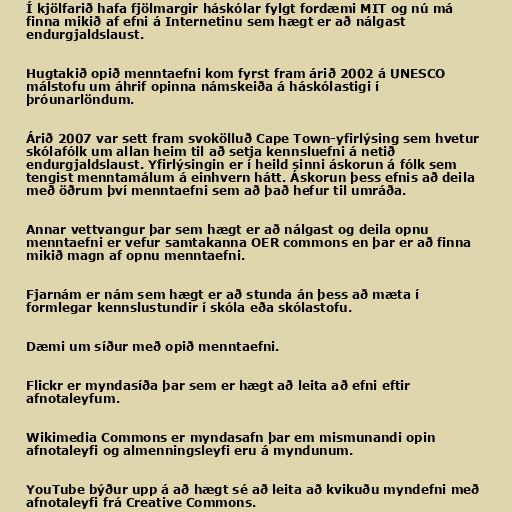
Í kjölfarið hafa fjölmargir háskólar fylgt fordæmi MIT og nú má
finna mikið af efni á Internetinu sem hægt er að nálgast
endurgjaldslaust.

Hugtakið opið menntaefni kom fyrst fram árið 2002 á UNESCO
málstofu um áhrif opinna námskeiða á háskólastigi í
þróunarlöndum.

Árið 2007 var sett fram svokölluð Cape Town-yfirlýsing sem hvetur
skólafólk um allan heim til að setja kennsluefni á netið
endurgjaldslaust. Yfirlýsingin er í heild sinni áskorun á fólk sem
tengist menntamálum á einhvern hátt. Áskorun þess efnis að deila
með öðrum því menntaefni sem að það hefur til umráða.

Annar vettvangur þar sem hægt er að nálgast og deila opnu
menntaefni er vefur samtakanna OER commons en þar er að finna
mikið magn af opnu menntaefni.

Fjarnám er nám sem hægt er að stunda án þess að mæta í
formlegar kennslustundir í skóla eða skólastofu.

Dæmi um síður með opið menntaefni.

Flickr er myndasíða þar sem er hægt að leita að efni eftir
afnotaleyfum.

Wikimedia Commons er myndasafn þar em mismunandi opin
afnotaleyfi og almenningsleyfi eru á myndunum.

YouTube býður upp á að hægt sé að leita að kvikuðu myndefni með
afnotaleyfi frá Creative Commons.